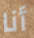
أنا